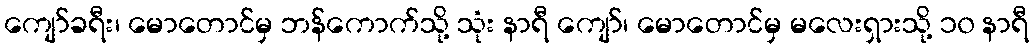
ကျော်ခရီး၊ မောတောင်မှ ဘန်ကောက်သို့ သုံး နာရီ ကျော်၊ မောတောင်မှ မလေးရှားသို့ ၁၀ နာရီ